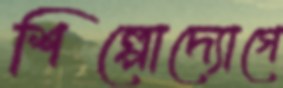
শিল্পোদ্যোগে